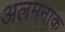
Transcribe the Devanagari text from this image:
अलमनाक